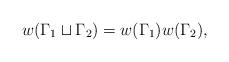
LaTeX: \begin{align*}w(\Gamma_1 \sqcup \Gamma_2) = w(\Gamma_1) w(\Gamma_2),\end{align*}